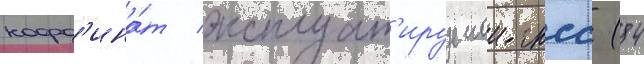
коорд'ина́т эксплуат'ируемои гнсс (84